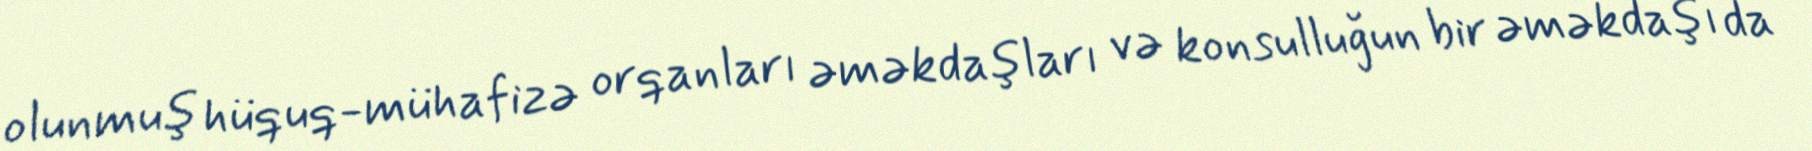
olunmuş hüquq-mühafizə orqanları əməkdaşları və konsulluğun bir əməkdaşı da